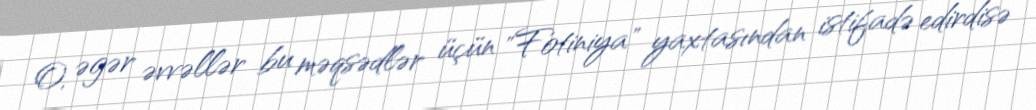
O, əgər əvvəllər bu məqsədlər üçün "Fotiniya" yaxtasından istifadə edirdisə